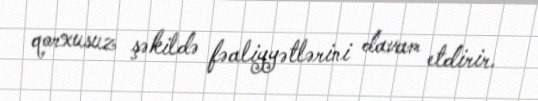
qorxusuz şəkildə fəaliyyətlərini davam etdirir.